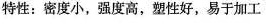
特性：密度小，强度高，塑性好，易于加工